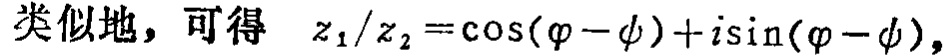
类似地，可得 \( z_{1}/z_{2}=\cos(\varphi - \psi)+i\sin(\varphi - \psi),\)